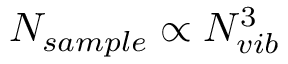
N _ { s a m p l e } \propto N _ { v i b } ^ { 3 }